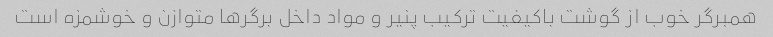
همبرگر خوب از گوشت باکیفیت ترکیب پنیر و مواد داخل برگرها متوازن و خوشمزه است